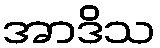
အာဒိသ